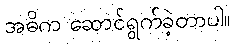
အဓိက ဆောင်ရွက်ခဲ့တာပါ။